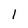
Character: 1